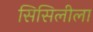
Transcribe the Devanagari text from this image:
सिसिलीला